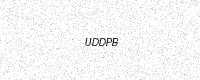
Text: UDDPB